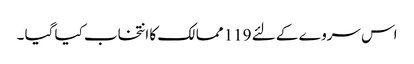
اس سروے کے لئے 119 ممالک کا انتخاب کیا گیا ۔